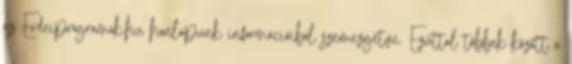
az Erdeiprogramok.hu honlapunk információiból szemezgetve. Ezúttal többek között a